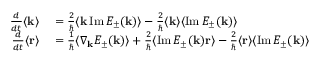
\begin{array} { r l } { \frac { d } { d t } \langle \mathbf { k } \rangle } & { { } = \frac { 2 } { \hbar } \langle \mathbf { k } \operatorname { I m } E _ { \pm } ( \mathbf { k } ) \rangle - \frac { 2 } { \hbar } \langle \mathbf { k } \rangle \langle \operatorname { I m } E _ { \pm } ( \mathbf { k } ) \rangle } \\ { \frac { d } { d t } \langle \mathbf { r } \rangle } & { { } = \frac { 1 } { \hbar } \langle \nabla _ { \mathbf { k } } E _ { \pm } ( \mathbf { k } ) \rangle + \frac { 2 } { \hbar } \langle \operatorname { I m } E _ { \pm } ( \mathbf { k } ) \mathbf { r } \rangle - \frac { 2 } { \hbar } \langle \mathbf { r } \rangle \langle \operatorname { I m } E _ { \pm } ( \mathbf { k } ) \rangle } \end{array}